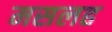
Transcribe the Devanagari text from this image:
मसलह